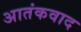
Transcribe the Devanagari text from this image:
अातंकवाद